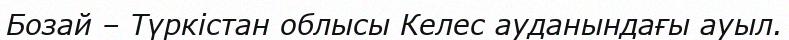
Бозай – Түркістан облысы Келес ауданындағы ауыл.